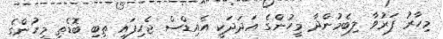
މިހާރު ފަރުވާ ލިބެމުންދާ މީހުންގެ އަދަދަކީ އެއިޑްސް ޖެހިފައި ތިބި ބޮޑެތި މީހުންގެ